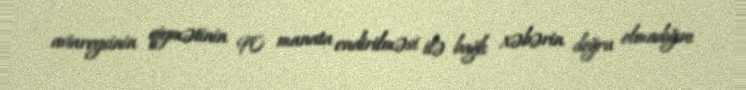
aviareysinin qiymətinin 90 manata endirilməsi ilə bağlı xəbərin doğru olmadığını